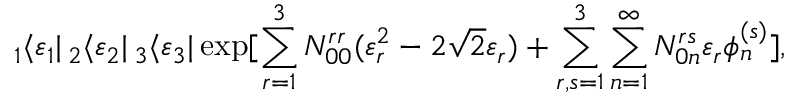
_ 1 \langle \varepsilon _ { 1 } | \, _ { 2 } \langle \varepsilon _ { 2 } | \, _ { 3 } \langle \varepsilon _ { 3 } | \exp [ \sum _ { r = 1 } ^ { 3 } N _ { 0 0 } ^ { r r } ( \varepsilon _ { r } ^ { 2 } - 2 \sqrt { 2 } \varepsilon _ { r } ) + \sum _ { r , s = 1 } ^ { 3 } \sum _ { n = 1 } ^ { \infty } N _ { 0 n } ^ { r s } \varepsilon _ { r } \phi _ { n } ^ { ( s ) } ] ,